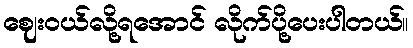
ဈေးဝယ်လို့ရအောင် လိုက်ပို့ပေးပါတယ်။